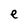
Character: e